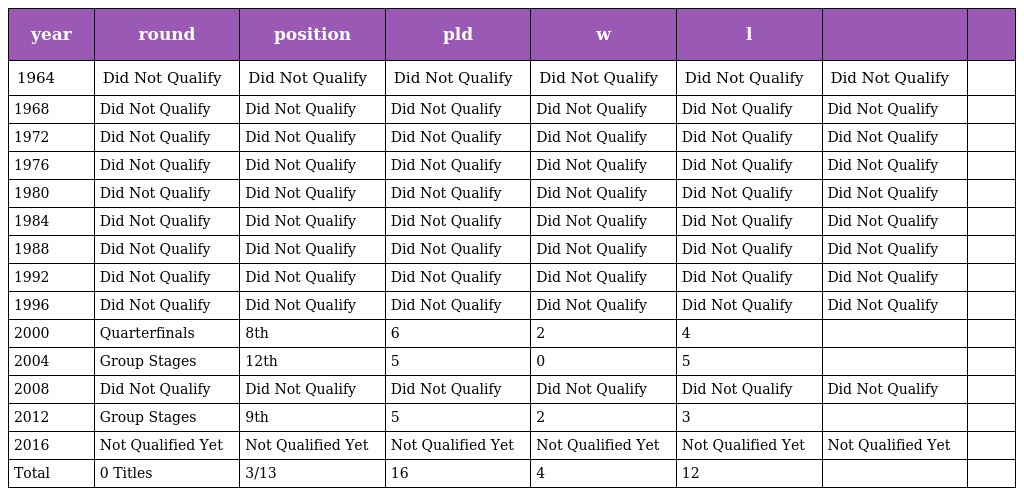
| year | round | position | pld | w | l |  |  |
 | --- | --- | --- | --- | --- | --- | --- | --- |
 | 1964 | Did Not Qualify | Did Not Qualify | Did Not Qualify | Did Not Qualify | Did Not Qualify | Did Not Qualify |  |
 | 1968 | Did Not Qualify | Did Not Qualify | Did Not Qualify | Did Not Qualify | Did Not Qualify | Did Not Qualify |  |
 | 1972 | Did Not Qualify | Did Not Qualify | Did Not Qualify | Did Not Qualify | Did Not Qualify | Did Not Qualify |  |
 | 1976 | Did Not Qualify | Did Not Qualify | Did Not Qualify | Did Not Qualify | Did Not Qualify | Did Not Qualify |  |
 | 1980 | Did Not Qualify | Did Not Qualify | Did Not Qualify | Did Not Qualify | Did Not Qualify | Did Not Qualify |  |
 | 1984 | Did Not Qualify | Did Not Qualify | Did Not Qualify | Did Not Qualify | Did Not Qualify | Did Not Qualify |  |
 | 1988 | Did Not Qualify | Did Not Qualify | Did Not Qualify | Did Not Qualify | Did Not Qualify | Did Not Qualify |  |
 | 1992 | Did Not Qualify | Did Not Qualify | Did Not Qualify | Did Not Qualify | Did Not Qualify | Did Not Qualify |  |
 | 1996 | Did Not Qualify | Did Not Qualify | Did Not Qualify | Did Not Qualify | Did Not Qualify | Did Not Qualify |  |
 | 2000 | Quarterfinals | 8th | 6 | 2 | 4 |  |  |
 | 2004 | Group Stages | 12th | 5 | 0 | 5 |  |  |
 | 2008 | Did Not Qualify | Did Not Qualify | Did Not Qualify | Did Not Qualify | Did Not Qualify | Did Not Qualify |  |
 | 2012 | Group Stages | 9th | 5 | 2 | 3 |  |  |
 | 2016 | Not Qualified Yet | Not Qualified Yet | Not Qualified Yet | Not Qualified Yet | Not Qualified Yet | Not Qualified Yet |  |
 | Total | 0 Titles | 3/13 | 16 | 4 | 12 |  |  |